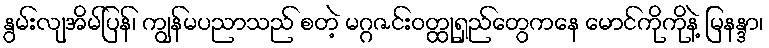
နွမ်းလျအိမ်ပြန်၊ ကျွန်မပညာသည် စတဲ့ မဂ္ဂဇင်းဝတ္ထုရှည်တွေကနေ မောင်ကိုကိုနဲ့ မြနန္ဒာ၊